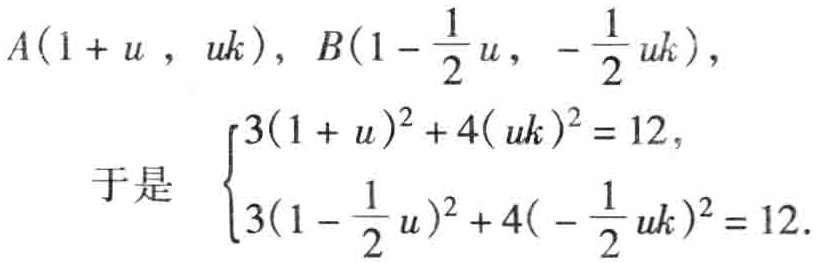
\(A(1 + u , uk), B(1 - \frac{1}{2}u , - \frac{1}{2}uk),\)

于是 \(\begin{cases}3(1 + u)^2 + 4(uk)^2 = 12,\\3(1 - \frac{1}{2}u)^2 + 4(- \frac{1}{2}uk)^2 = 12.\end{cases}\)